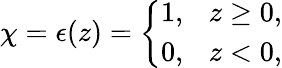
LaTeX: \chi=\epsilon(z)=\left\{ \begin{array}{l}{{1,~~~z\geq 0,}}\\ {{0,~~~z<0,}}\end{array}\right.